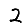
Digit: 2